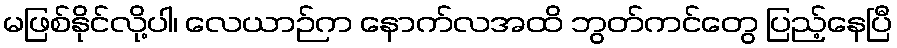
မဖြစ်နိုင်လို့ပါ၊ လေယာဉ်က နောက်လအထိ ဘွတ်ကင်တွေ ပြည့်နေပြီ